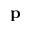
\textbf { p }